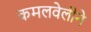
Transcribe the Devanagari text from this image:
कमलवेलीने